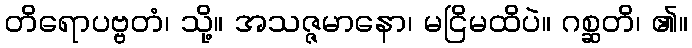
တိရောပဗ္ဗတံ၊ သို့။ အသဇ္ဇမာနော၊ မငြိမထိပဲ။ ဂစ္ဆတိ၊ ၏။